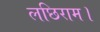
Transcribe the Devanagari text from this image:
लछिराम।